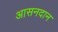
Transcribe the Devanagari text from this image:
आसनदान